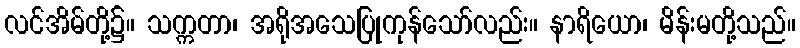
လင်အိမ်တို့၌။ သက္ကတာ၊ အရိုအသေပြုကုန်သော်လည်း။ နာရိယော၊ မိန်းမတို့သည်။